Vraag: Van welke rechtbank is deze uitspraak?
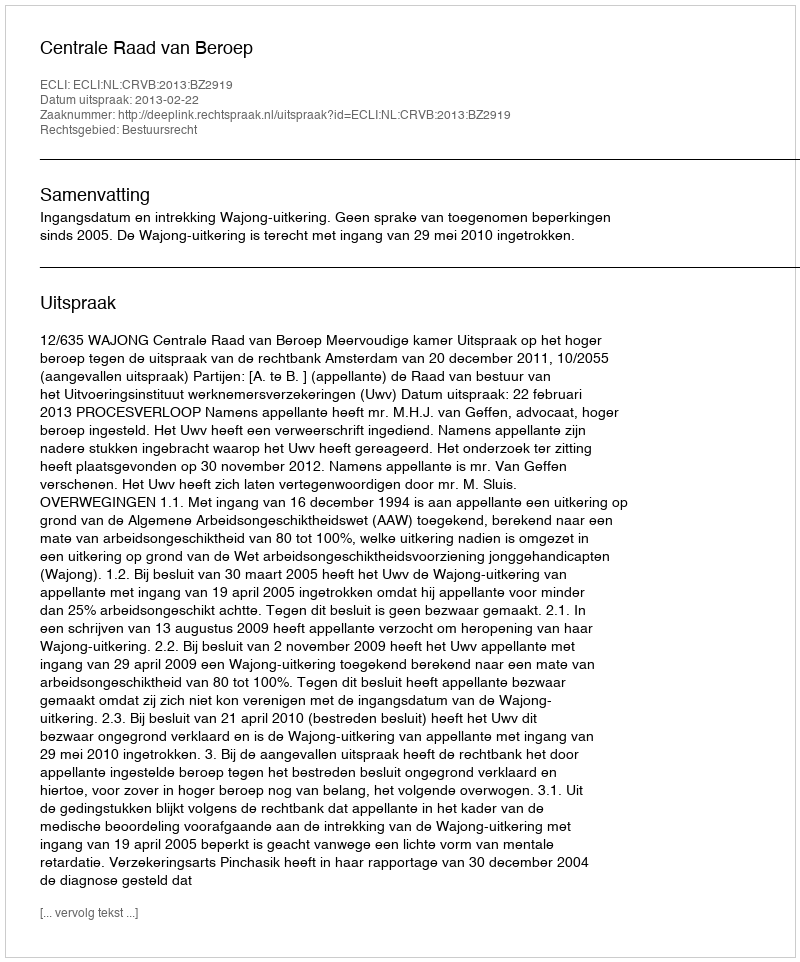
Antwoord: Centrale Raad van Beroep